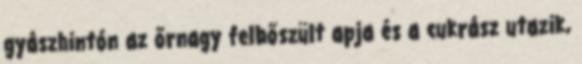
gyászhintón az őrnagy felbőszült apja és a cukrász utazik,